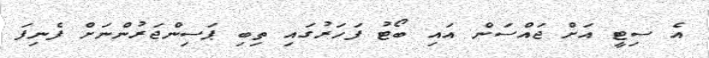
އެ ސިޓީ އަށް ޖައްސަން އައި ބޯޓު ފަހަރުގައި ތިބި ޕަސިންޖަރުންނަށް ފެނިފަ